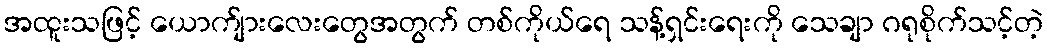
အထူးသဖြင့် ယောက်ျားလေးတွေအတွက် တစ်ကိုယ်ရေ သန့်ရှင်းရေးကို သေချာ ဂရုစိုက်သင့်တဲ့